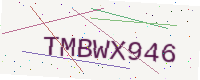
Text: TMBWX946